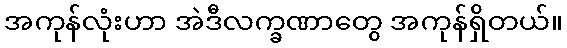
အကုန်လုံးဟာ အဲဒီလက္ခဏာတွေ အကုန်ရှိတယ်။